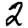
Digit: 2